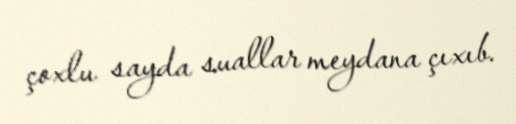
çoxlu sayda suallar meydana çıxıb.